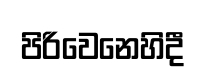
පිරිවෙනෙහිදී